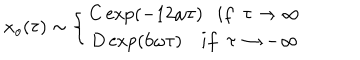
x _ { o } ( \tau ) \sim \left\{ \begin{matrix} { { C \exp ( - 1 2 \omega \tau ) \ \ \ i f \ \ \tau \rightarrow \infty } } \\ { { D \exp ( 6 \omega \tau ) i f \ \ \tau \rightarrow - \infty } } \\ \end{matrix} \right.